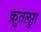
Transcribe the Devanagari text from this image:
क़ुतलुग़